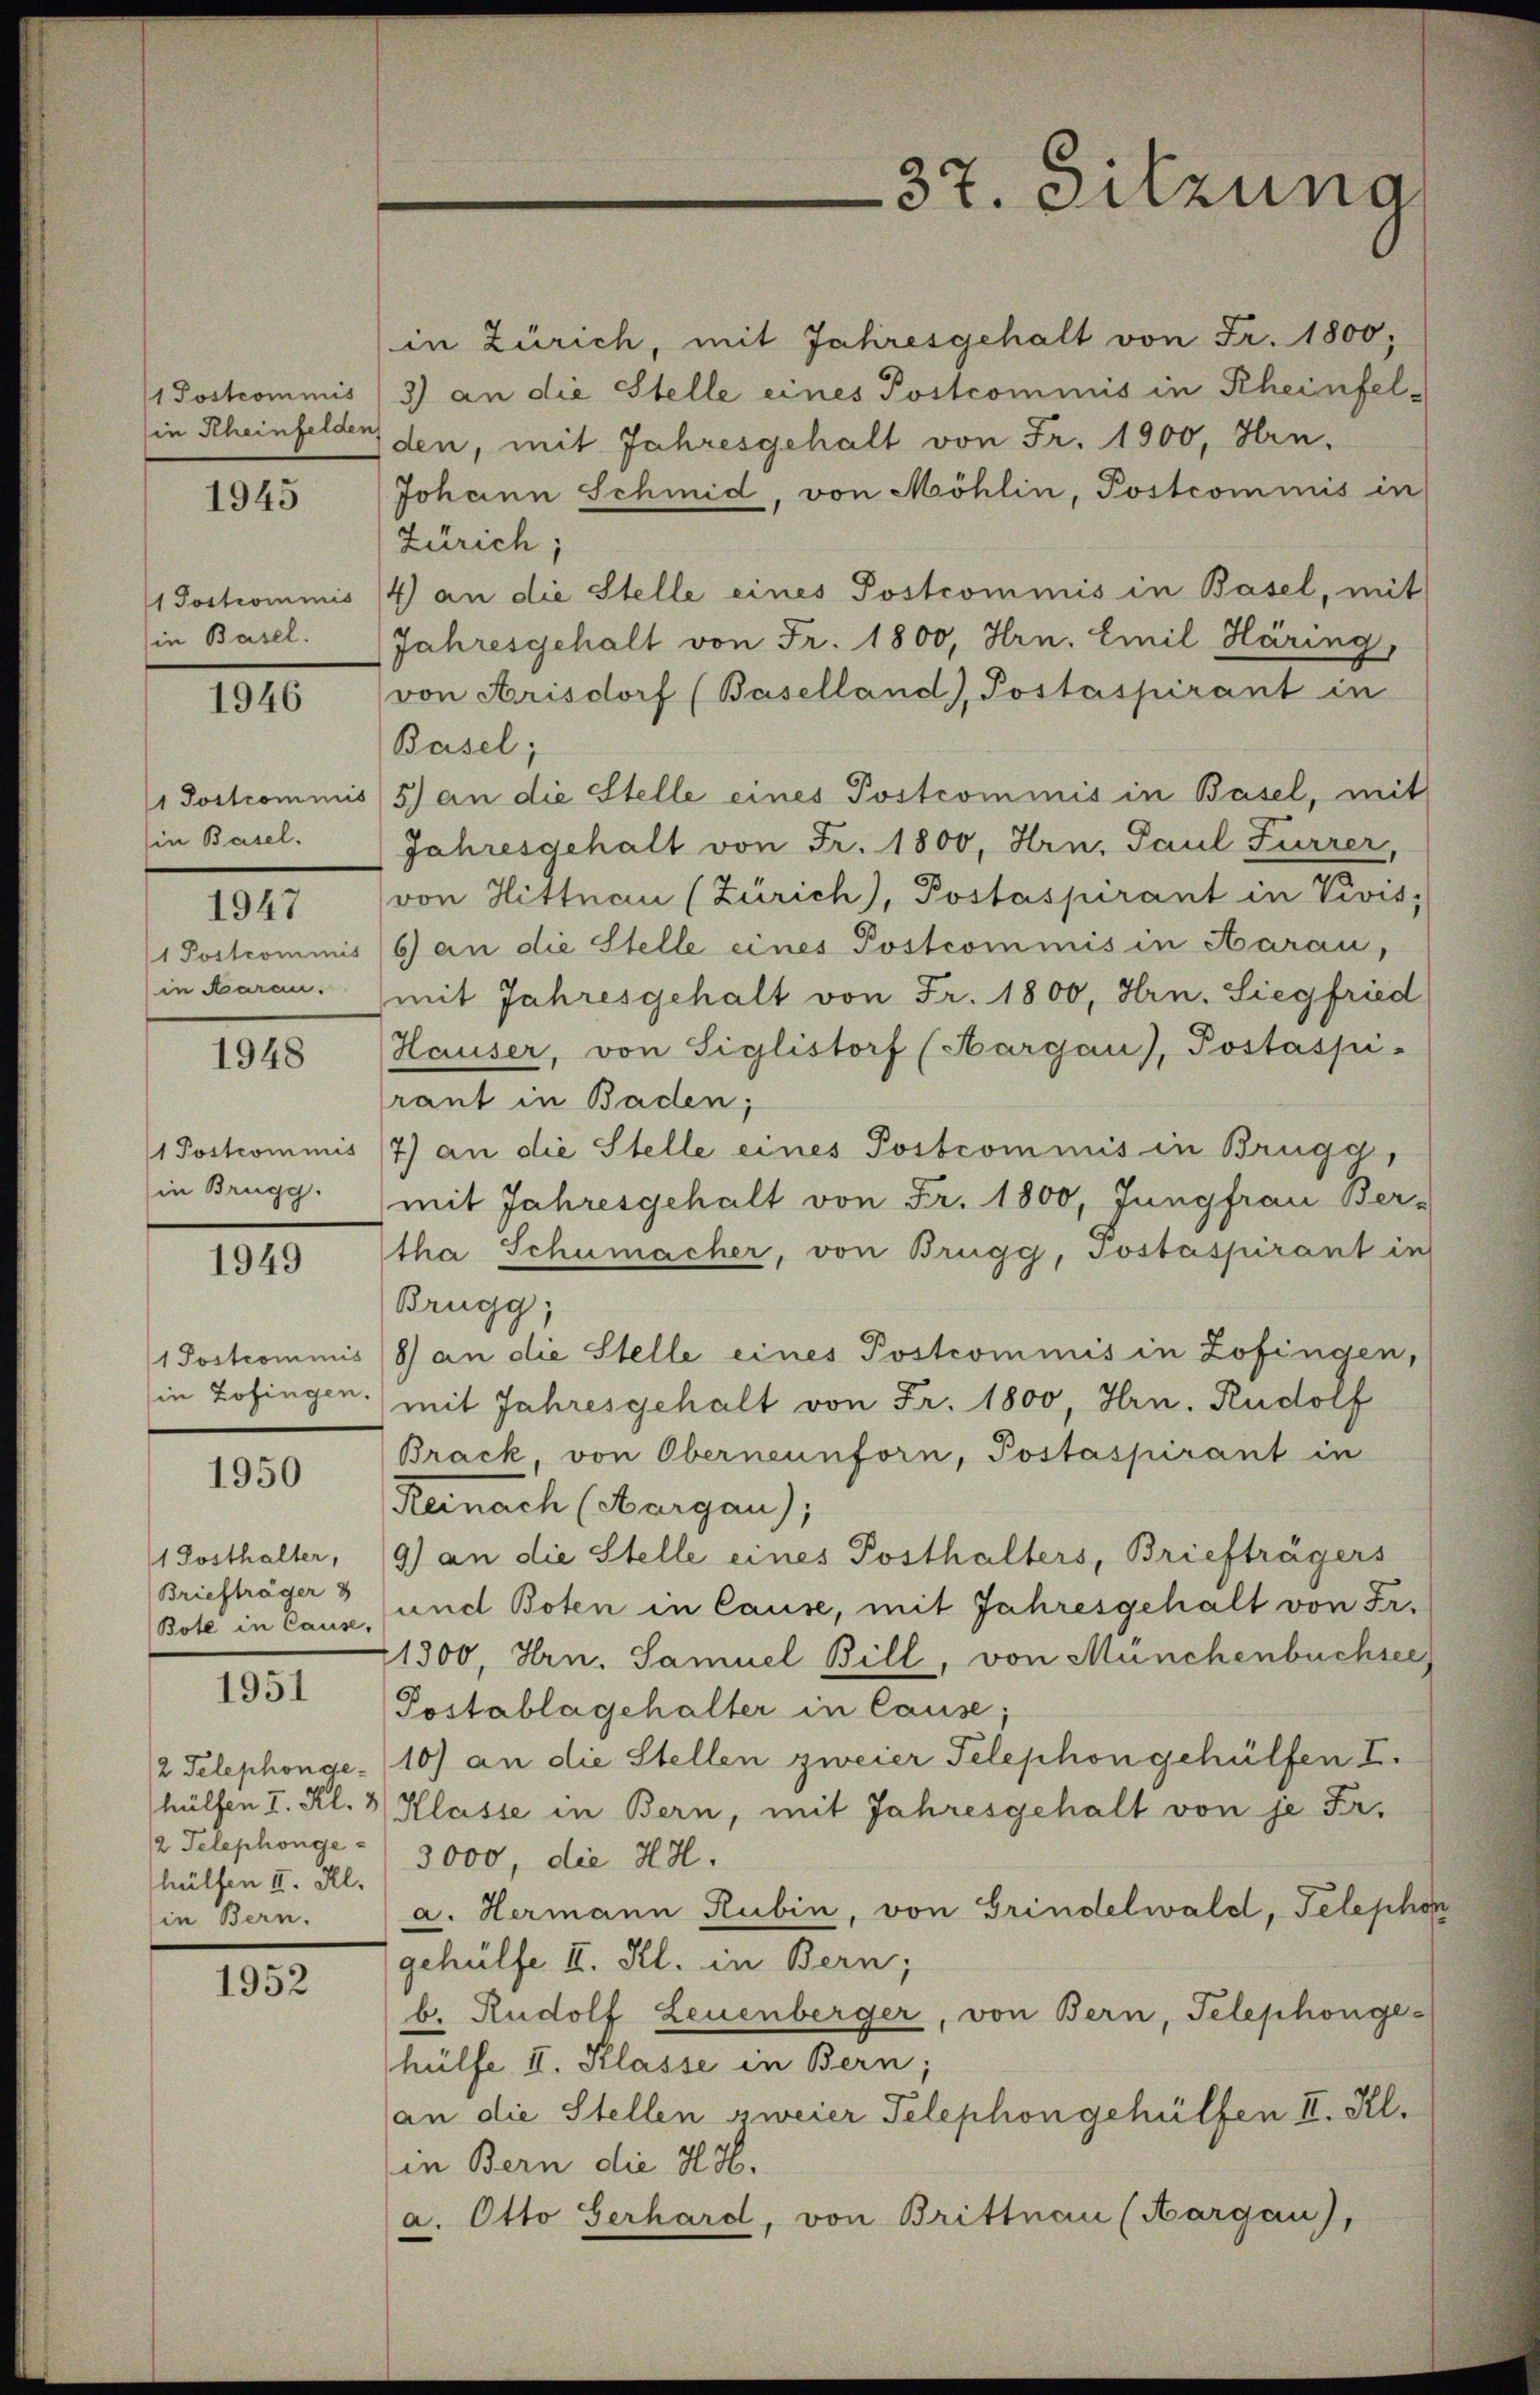
1 Postcommis
in Rheinfelden

1945

in Basel.

1946

Ein Basel.

1947

in Baran.

1948

1 Postcommis
in Brugg.

1949

1950

1 Posthalter,
Briefträger 3
Bote in Cause,

1951

hülten II. Al.
in Bern.

1952

37. Sitzuna

in Zürich, mit Jahresgehalt von Fr. 1800;
3) an die Stelle eines Postcommis in Rheinfelden, mit Jahresgehalt von Fr. 1900, Hrn.
Johann Schmid, von Möhlin, Postcommis in
Zürich;
1 Jochrominis 14 an die Stelle eines Postcommis in Basel, mit
Jahresgehalt von Fr. 1800, Hrn. Emil Häring,
von Arisdorf (Baselland), Postaspirant in
Basel;
/ Postcommis 5) an die Stelle eines Postcommis in Basel, mit
Jahresgehalt von Fr. 1800, Hrn. Paul Furrer,
von Hittnau (Zürich), Postaspirant in Vivis,
1 Postcommis (6) an die Stelle eines Postcommis in Aarau,
mit Jahresgehalt von Fr. 1800, Hrn. Siegfried
Hauser, von Siglistorf (Hargau), Postaspi-
rant in Baden;
7) an die Stelle eines Postcommis in Brugg,
mit Jahresgehalt von Fr. 1800, Jungfrau Ber-
tha Schumacher, von Brugg, Jostaspirant in
Brugg,
1 Postcommis /8) an die Stelle eines Postcommis in Zofingen,
in Zofingen.) mit Jahresgehalt von Fr. 1800 Hrn. Rudolf
Brack von Oberneunforn, Postaspirant in
Reinach (Aargau),
9) an die Stelle eines Posthalters, Briefträgers
und Boten in Cause, mit Jahresgehalt von Fr.
21300, Hrn. Samuel Bill, von Münchenbuchsee
Postablagehalter in Cause;
2 Telephonge.10) an die Stellen zweier Telephon gehülfen I.
hülfen I. Kl. 3 Klasse in Bern, mit Jahresgehalt von je Fr.
2 Telephonge - 3000, die H.H.
a. Hermann Rubin, von Grindelwald, Telephon
gehülfe II. Kl. in Bern;
b. Rudolf Leuenberger, von Bern, Telephonge-
hülfe II. Klasse in Bern;
(an die Stellen zweier Telephon gehülfen II. Kl.
in Bern die H.H.
a. Otto Gerhard, von Brittnau (Aargau),